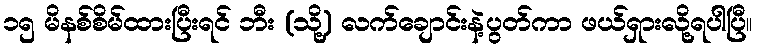
၁၅ မိနစ်စိမ်ထားပြီးရင် ဘီး (သို့) လက်ချောင်းနဲ့ပွတ်ကာ ဖယ်ရှားလို့ရပါပြီ။